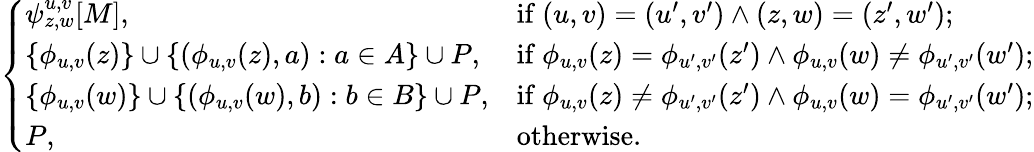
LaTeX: \left\{ \begin{array}{ll}{\psi_{z,w}^{u,v}[M],}&{\mathrm{if~}(u,v)=(u^{\prime},v^{\prime})\land(z,w)=(z^{\prime},w^{\prime});}\\ {\{ \phi_{u,v}(z)\} \cup\{ (\phi_{u,v}(z),a):a\in A\} \cup P,}&{\mathrm{if~}\phi_{u,v}(z)=\phi_{u^{\prime},v^{\prime}}(z^{\prime})\land\phi_{u,v}(w)\neq\phi_{u^{\prime},v^{\prime}}(w^{\prime});}\\ {\{ \phi_{u,v}(w)\} \cup\{ (\phi_{u,v}(w),b):b\in B\} \cup P,}&{\mathrm{if~}\phi_{u,v}(z)\neq\phi_{u^{\prime},v^{\prime}}(z^{\prime})\land\phi_{u,v}(w)=\phi_{u^{\prime},v^{\prime}}(w^{\prime});}\\ {P,}&{\mathrm{otherwise.}}\end{array}\right.